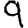
Digit: 9